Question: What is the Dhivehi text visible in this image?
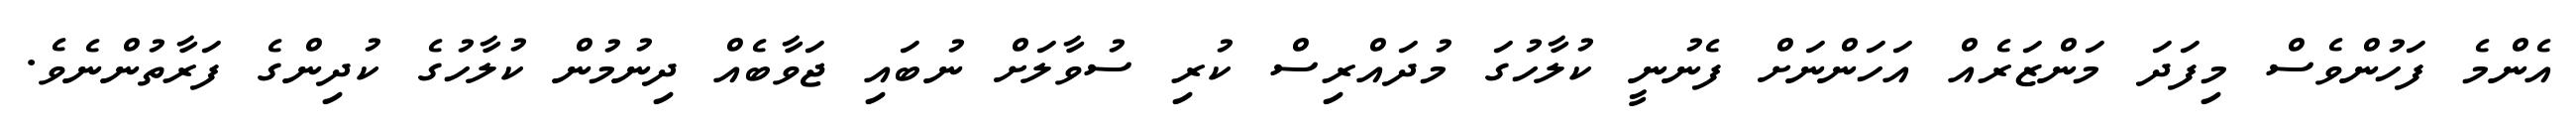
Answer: އެންމެ ފަހުންވެސް މިފަދަ މަންޒަރެއް އަހަންނަށް ފެނުނީ ކުލާހުގަ މުދައްރިސް ކުރި ސުވާލަށް ނުބައި ޖަވާބެއް ދިނުމުން ކުލާހުގެ ކުދިންގެ ފަރާތުންނެވެ.